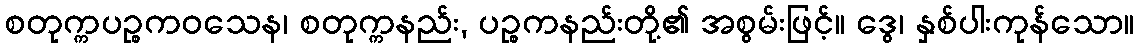
စတုက္ကပဉ္စကဝသေန၊ စတုက္ကနည်း, ပဉ္စကနည်းတို့၏ အစွမ်းဖြင့်။ ဒွေ၊ နှစ်ပါးကုန်သော။